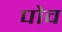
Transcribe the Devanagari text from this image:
पोव